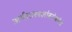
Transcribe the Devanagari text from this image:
अर्थशास्त्रज्ञांबरोबरीचे